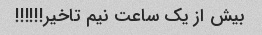
بیش از یک ساعت نیم تاخیر!!!!!!